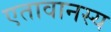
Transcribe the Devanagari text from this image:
एतावानस्य